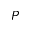
P